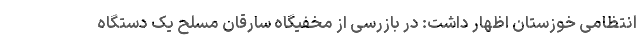
انتظامی خوزستان اظهار داشت: در بازرسی از مخفیگاه سارقان مسلح یک دستگاه